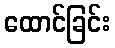
ထောင်ခြင်း